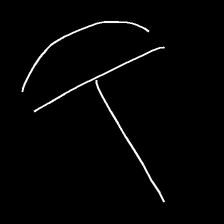
Glyph: dispersion